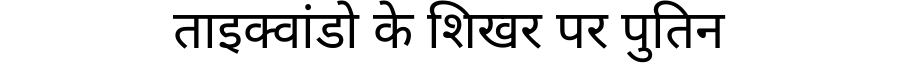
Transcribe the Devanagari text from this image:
ताइक्वांडो के शिखर पर पुतिन